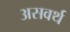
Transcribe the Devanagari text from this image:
असवर्थ